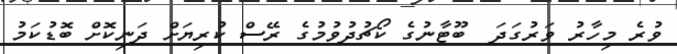
ވުރެ މިހާރު ވަރުގަދަ  ބޫޓާނުގެ ކޯޗުދުވުމުގެ ރޭސް ކުރިޔަށް ދަނިކޮށް ބޮޑުކަމު